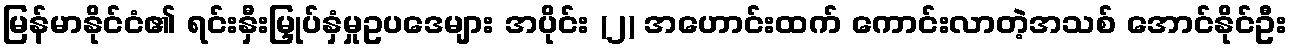
မြန်မာနိုင်ငံ၏ ရင်းနှီးမြှုပ်နှံမှုဥပဒေများ အပိုင်း (၂) အဟောင်းထက် ကောင်းလာတဲ့အသစ် အောင်နိုင်ဦး